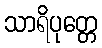
သာရိပုတ္တေ